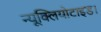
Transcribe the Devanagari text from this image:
न्यूक्लियोटाइड।